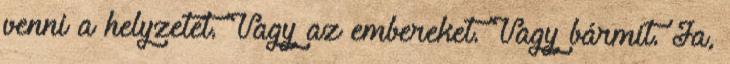
venni a helyzetet. Vagy az embereket. Vagy bármit. Ja,